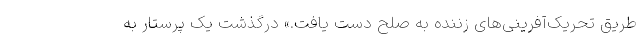
طریق تحریک‌آفرینی‌های زننده به صلح دست یافت.» درگذشت یک پرستار به